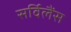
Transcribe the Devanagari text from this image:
सर्विलैंस